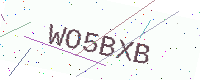
Text: WO5BXB